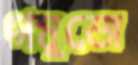
গম্বুজে